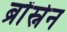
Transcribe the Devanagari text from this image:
ब्रोंस्नेन